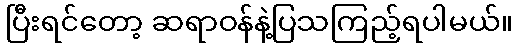
ပြီးရင်တော့ ဆရာဝန်နဲ့ပြသကြည့်ရပါမယ်။